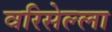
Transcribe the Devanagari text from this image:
वरिसेल्ला